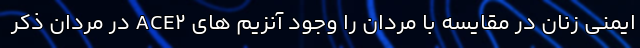
ایمنی زنان در مقایسه با مردان را وجود آنزیم های ACE۲ در مردان ذکر